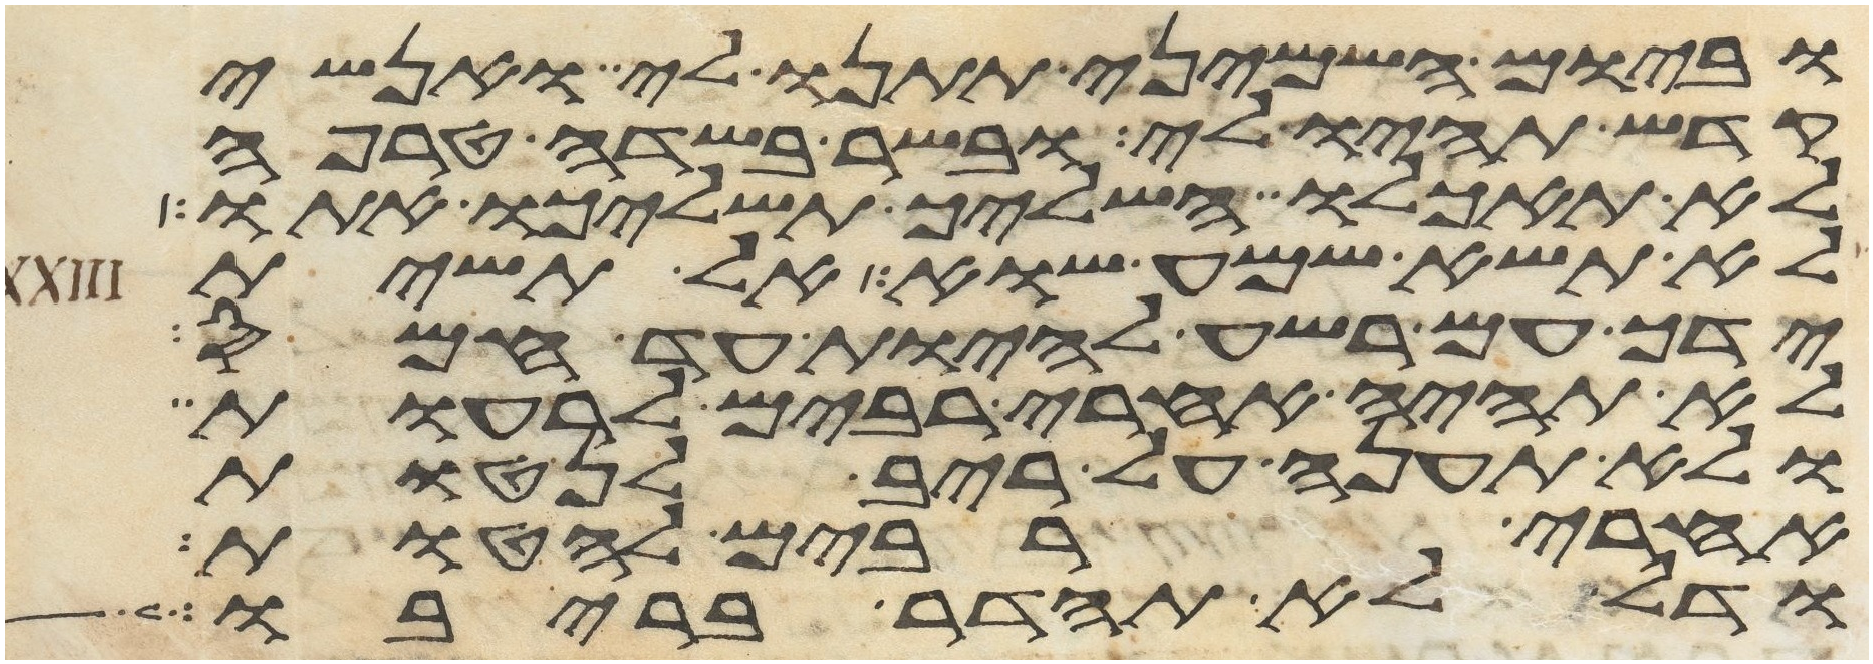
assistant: וביום השמיני תתננו לי ואנשי
קדש תהיו לי ובשר בשדה טרפה
לא תאכלו השליך תשליכו אתו
לא תשא שמע שוא אל תשית
ידך עם רשע להיות עד חמס
לא תהיה אחרי רבים לרעות
ולא תענה על ריב לנטות
אחרי רבים להטות
ודל לא תהדר בריבו